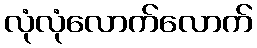
လုံလုံလောက်လောက်